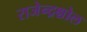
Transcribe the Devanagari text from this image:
राजेन्द्रश्चोल